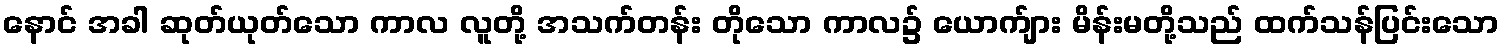
နောင် အခါ ဆုတ်ယုတ်သော ကာလ လူတို့ အသက်တန်း တိုသော ကာလ၌ ယောက်ျား မိန်းမတို့သည် ထက်သန်ပြင်းသော